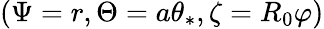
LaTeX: (\Psi=r,\Theta=a\theta_{*},\zeta=R_{0}\varphi)